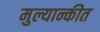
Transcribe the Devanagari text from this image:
मुल्यान्कीत